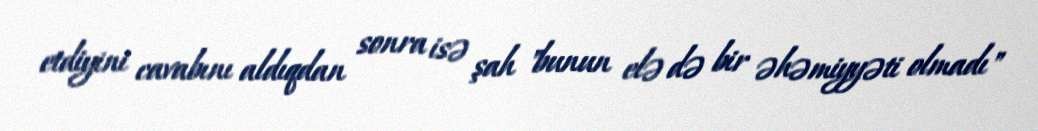
etdiyini cavabını aldıqdan sonra isə şah "bunun elə də bir əhəmiyyəti olmadı"